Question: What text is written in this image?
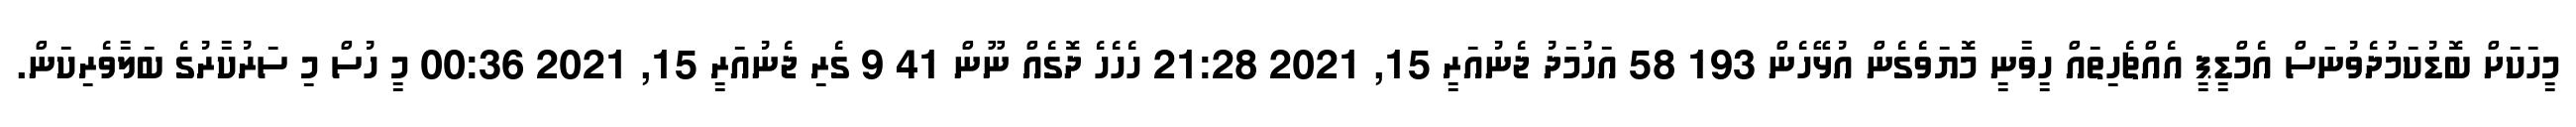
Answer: މީހަކަށް ބޮޑުކަމުދެވުނަަަސް އެމްޑީޕީ އެއްޗެހިތައް ހީވާނީ މޮޔަވެގެން އުޅޭހެން 193 58 އަހުމަދު ޖެނުއަރީ 15, 2021 21:28 ހެހެހެ ދޮގެއް ނޫން 41 9 ގެރި ޖެނުއަރީ 15, 2021 00:36 މީ ހުސް މި ސަރުކާރުގެ ބަލާވެރިކަން.